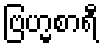
ဗြဟ္မစာရီ